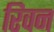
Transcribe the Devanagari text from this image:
रिवन